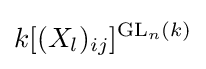
k[(X_{l})_{ij}]^{\operatorname {GL} _{n}(k)}